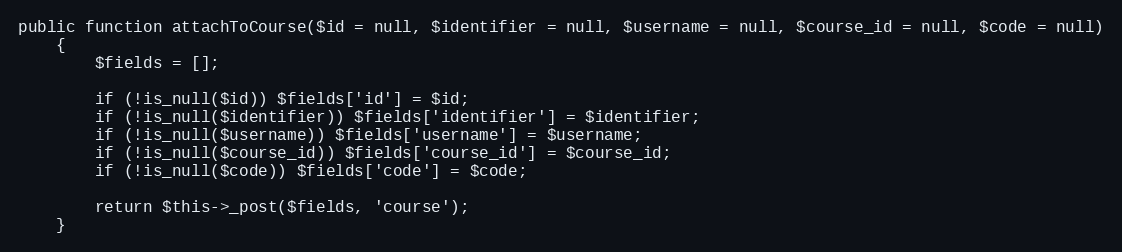
Language: PHP
public function attachToCourse($id = null, $identifier = null, $username = null, $course_id = null, $code = null)
    {
        $fields = [];

        if (!is_null($id)) $fields['id'] = $id;
        if (!is_null($identifier)) $fields['identifier'] = $identifier;
        if (!is_null($username)) $fields['username'] = $username;
        if (!is_null($course_id)) $fields['course_id'] = $course_id;
        if (!is_null($code)) $fields['code'] = $code;

        return $this->_post($fields, 'course');
    }